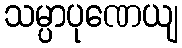
သမ္ပာပုဏေယျ